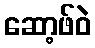
ဆော့ဖ်ဝဲ